Annual report of the Civil Veterinary Department, Bengal, and of the Bengal Veterinary College for the year 1903-1904 - 1903-1904
Year: 1903
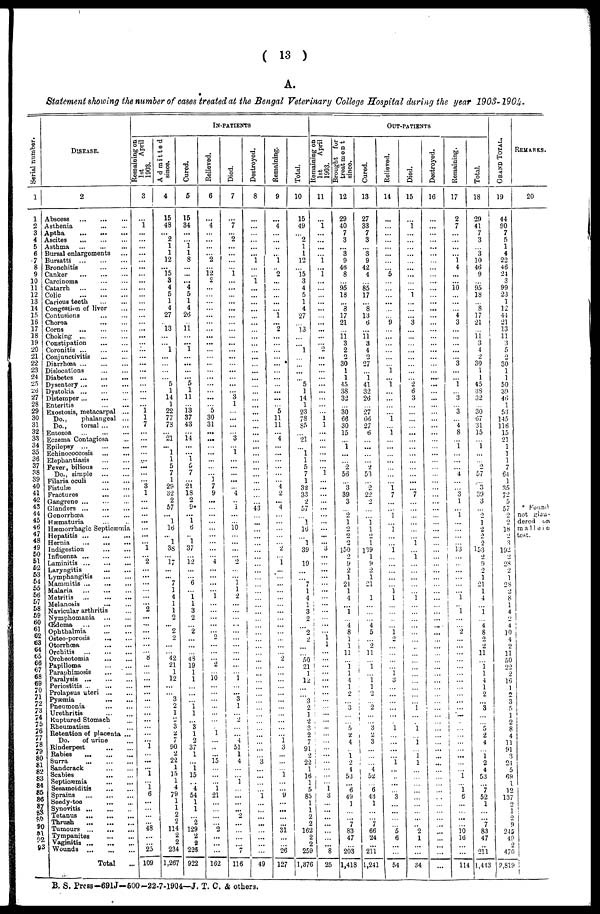
(
13
)
A.
Statement
showing
the number
of cases treated
at the Bengal
Veterinary
College
Hospital
during
the year
1903-1904.
Ser i al number.
1
1
2
3
4
5
6
7
8
9
10
11
12
13
14
15
16
17
18
19
20
21
22
23
24
25
26
27
28
29
30
31
32
33
34
35
36
37
38
39
40
41
42
43
44
45
46
47
48
49
50
51
52
53
54
55
56
57
58
59
60
61
62
63
64
65
66
67
68
69
70
71
72
73
74
75
76
77
78
79
80
81
82
83
84
85
86
87
88
90
91
92
93
DISEASE.
2
Abscess
...
...
...
Asthenia
...
...
Aptha
...
... ...
Ascites
...
...
...
Asthma
...
...
...
Bursal enlargements ...
Bursatti
...
...
...
Bronchitis
...
...
Canker
...
...
...
Carcinoma
...
...
Catarrh
...
...
...
Colic
...
...
...
Carious teeth ... ...
Congestion of liver ...
Contusions
...
...
Chorea
...
...
Corns
...
...
...
Choking
...
...
...
Constipation
...
...
Coronitis
...
...
...
Conjunctivitis
...
...
Diarrhoea
...
...
...
Dislocations ... ...
Diabetes
...
...
...
Dysentery
...
...
...
Dystokia
...
...
...
Distemper
...
...
...
Enteitis
...
...
Exostosis, metacarpal ...
Do.,
phalangeal ...
Do.,
torsal ... ...
Entozoa
...
...
...
Eczema Contagiosa ...
Epilepsy ...
...
...
Echinococcosis ... ...
Elephantiasis
...
...
Fever, bilious
...
...
Do., simple
...
...
Filaria oculi
...
...
Fistulæ
...
...
Fractures ... ...
Gangrene
...
...
...
Glanders
...
...
...
Gonorrhœa ... ...
Hæmaturia ... ..
Hæmorrhagic Septicæmia
Hepatitis
...
...
...
Hernia
...
...
...
Indigestion
...
...
Influenza
...
...
...
Laminitis
...
...
...
Laryngitis
...
...
Lymphangitis
...
...
Mammitis ... ... ...
Malaria
...
...
...
Metritis
...
...
...
Melanosis
...
...
Navicular arthritis ...
Nymphomania
...
...
Œdema
...
...
...
Ophthalmia
...
...
Osteo-porosis
...
...
Otorrhœa
...
...
Orchitis
...
...
...
Orcheotomia
...
...
Papilloma
...
...
Paraphimosis
...
...
Paralysis
...
...
...
Periostitis ...
...
...
Prolapsus uteri
...
...
Pyæmia
...
...
Pneumonia
...
...
Urethritis ... ...
Ruptured Stomach ...
Rheumatism ...
Retention of placenta ...
Do.
of urine ...
Rinderpest
...
...
Rabies ... ... ...
Surra
...
...
...
Sandcrack
...
...
Scabies ... ...
Septicaemia
...
...
Sesamoiditis
...
...
Sprains
...
...
...
Seedy-toe
...
...
Synovitis
...
...
..
Tetanus ... ... ...
Thrush
...
...
...
Tumours
...
...
...
Tympanites
...
...
Vaginitis
...
...
...
Wounds
...
...
...
Total ...
IN-PATIENTS
Remaining on
1st
April
1903.
3
...
1
...
...
...
...
...
...
...
...
...
...
...
...
... ...
...
...
...
...
...
...
...
...
...
...
...
...
...
1
1
7
...
...
...
...
...
...
...
...
3
1
...
...
...
...
...
...
...
1
...
2
...
...
...
...
...
...
2
...
...
...
...
...
...
8
...
...
...
...
...
...
...
...
...
...
...
...
1
...
...
...
1
...
1
6
...
...
...
...
48
...
...
25
109
Admitted
since.
4
15
48
...
2
1
1
12
...
15
3
4
5
1
4
27
...
13
...
... .. ....
1
...
...
...
...
5
1
14
1
22
77
73
...
"21
...
1
1
5
7
1
29
32
2
57
...
1
16
...
1
38
...
17
...
...
7
1
4
1
1
2
...
2
2
...
...
42
21
1
12
...
...
3
2
1
2
3
2
7
90
2
22
1
15
1
4
79
1
1
2
2
114
2
2
234
1,267
Cured.
5
15
34
...
...
1
1
8
...
...
...
4
5
1
4
26
11
...
...
1
...
...
...
...
5
1
11
...
13
37
43
...
14
...
...
1
5
7
...
21
18
2
9*
...
1
6
...
1
37
...
12
...
...
6
...
1 1
3
2
...
2
...
...
...
43
19
1
1
...
...
...
1
1
...
3
1
2
37
1
...
1
15
...
4
54
1
1
...
2
129
2
2
226
922
Relieved.
6
...
4
...
...
...
...
2
...
12
2
...
...
...
...
...
...
...
...
...
...
...
...
...
...
...
...
...
...
5
30
31
...
...
...
...
...
...
...
1
7
9
...
...
...
...
...
...
...
...
...
4
...
...
...
...
1
...
...
...
...
...
2
...
...
...
2
...
10
...
...
...
...
...
...
...
1
...
...
...
15
...
...
...
1
21
...
...
...
...
2
...
...
...
162
Died.
7
...
7
...
2
...
...
...
...
1
...
...
...
...
...
...
...
...
...
...
...
...
...
...
...
...
...
3
1
...
...
...
3
...
1
...
...
...
...
4
...
1
...
...
16
...
...
...
...
2
...
...
1
1
2
...
...
...
...
...
...
...
...
...
...
...
1
...
...
3
1
...
2
...
...
4
51
1
4
...
...
1
...
...
...
...
2
...
...
...
...
7
116
Destroyed.
8
...
...
...
...
...
...
1
...
...
1
...
...
...
...
...
...
...
...
...
...
...
...
...
...
...
...
...
...
...
...
...
...
...
...
...
...
... ...
...
...
...
...
...
43
...
...
...
...
...
...
...
...
...
...
...
...
... ...
...
...
1
...
...
...
...
...
...
...
...
...
...
...
...
...
...
...
...
...
...
...
3
...
...
...
...
1
...
...
...
...
...
...
...
...
49
Remaining.
9
...
4
...
...
...
...
1
...
2
...
...
...
...
...
1
...
2
...
...
...
...
...
...
...
...
...
...
...
5
11
11
...
4
...
...
...
...
...
...
4
2
...
4
...
...
...
...
...
2
...
1
...
...
...
...
...
...
...
...
...
...
...
...
...
2
...
...
...
...
...
...
...
...
...
...
1 ...
3
...
...
...
1
...
...
9
...
...
...
...
31
...
...
26
127
Total.
10
15
49
...
2
1
1
12
...
15
3
4
5
1
4
27
...
*13
...
...
1
...
...
...
...
5
1
14
1
23
78
85
...
21
...
1
1
5
7
1
32
33
2
57
...
1
16
...
1
39
...
19
...
...
7
1
4
1
3
2
...
2
2
...
50
21
1
12
...
3
2
1
2
0
2
7
91
2
22
1
16
1
5
85
1
1
2
2
162
2
2
259
1,376
OUT-PATIENTS
1st
April
1903.
11
...
1
...
...
...
...
1
...
1
...
...
...
...
...
...
...
...
...
...
2
...
...
...
...
...
...
...
...
...
1
1
...
...
...
...
...
...
1
...
...
...
...
...
...
...
...
...
3
...
...
...
...
...
...
...
...
...
...
...
1
1
...
...
...
...
...
1
...
...
...
...
...
...
...
...
...
...
...
...
...
...
1
3
...
...
...
...
...
...
...
8
25
Brought for
treatment
since.
12
29
40
7
3
...
"3
9
46
8
...
95
18
...
8
17
21
...
11
3
2
2
30
1
1
45
38
32
...
30
66
30
15
...
1
...
...
2
56
...
3
39
3
...
2
1
2
2
2
150
2
9
2
1
21
1
4
...
1
...
"4
8
1
1
11
...
1
1
1
1
2
...
3
...
...
5
2
4
...
1
2
4
53
...
6
49
1
...
...
7
83
47
...
203
1,418
Cured.
13
27
33
7
3
...
"3
9
42
4
...
85
17
...
8
13
6
...
11
3
4
2
27
...
1
41
32
26
...
27
66
27
6
...
...
...
...
2
53
...
2
22
2
...
...
1
1
2
1
139
1
9
2
1
21
1
...
...
...
4
5
...
2
11
...
1
1
1
1
2
...
2
...
...
3
2
3
...
...
...
4
52 ...
6
43
1
...
...
7
66
24
...
211
1,241
Relieved.
14
...
...
...
...
...
...
...
...
5
...
...
...
...
...
...
9
...
...
...
...
...
...
1
...
1
...
...
...
...
1
...
1
...
...
...
...
...
...
...
1
7
...
...
1
...
1
...
...
1
...
...
...
...
...
1
1
...
...
...
...
1
2
...
...
...
...
1
3
...
...
...
...
...
...
1
...
...
...
1
...
..
...
...
3
...
...
...
...
5
6
...
...
54
Died.
15
...
1
...
...
...
...
...
...
...
...
...
1
...
...
...
3
...
...
...
...
...
...
...
...
2
6
3
...
...
...
...
...
...
...
...
...
...
...
...
...
7
...
...
...
...
...
...
1
...
1
...
...
...
...
...
1
...
...
...
...
...
...
...
...
...
...
...
...
...
...
...
1
...
...
1
1
...
1
1
...
...
...
...
...
...
...
...
...
2
1
...
...
34
Destroyed.
16
...
...
...
...
...
...
...
...
...
...
...
...
...
...
...
...
...
...
...
...
...
...
...
...
...
...
...
...
...
...
...
...
...
...
...
...
...
...
...
...
...
...
...
...
...
...
...
...
...
...
...
...
...
...
...
...
...
...
...
...
...
...
...
...
...
...
...
...
...
...
...
...
...
...
...
...
...
...
. .
...
...
...
...
...
...
...
...
...
Remaining.
17
2
7
...
...
...
...
1
4
...
...
10
...
...
...
4
3
...
...
...
...
...
3
...
...
1
...
3
...
3
...
4
8
...
1
...
...
...
4
...
...
3
1
...
1
...
...
...
...
13
...
...
...
...
...
...
1
1
1
...
...
2
...
...
...
...
...
...
...
...
...
...
...
...
...
...
...
...
...
...
...
...
1
...
1
6
...
...
...
...
10
16
...
...
114
Total.
18
29
41
7
3
...
3
10
46
9
...
95
18
...
8
17
21
...
11
3
4
2
30
1
1
45
38
32
...
30
67
31
15
...
1
...
...
2
57
...
3
39
3
...
2
1
2
2
2
153
2
9
2
1
21
1
4
...
1
...
4
8
2
2
11
...
1
1
4
1
2
...
3
...
...
5
2
4
...
1
2
4
53
...
7
52
1
...
...
7
83
47
...
211
1,443
GRAND TOTAL.
19
44
90
7
5
1
4
22
46
24
3
99
23
1
12
44
21
13
11
3
5
2
30
1
1
50
39
46
1
53
145
116
15
21
1
1
1
7
64
1
35
72
5
57
2
2
18
2
3
192
2
28
2
1
28
2
8
1
4
2
4
10
4
2
11
50
22
2
16
1
2
3
...
...
2
8
4
11
91
3
24
5
69
1
12
137
2
1
2
9
245
49
2
470
2,819
REMARKS.
20
* Found
not glan-
dered on
mallein
test.
B. S. Press-691J—500-22-7-1904—J. T. C. & others.